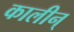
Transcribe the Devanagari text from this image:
कालीन्